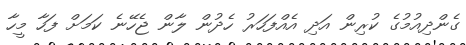
ގެންދިއުމުގެ ކުރިން އަދި އެއްފަހަރު ހެދުން ލާން ޖެހޭނެ ކަމަށް ފަހާ މީހާ